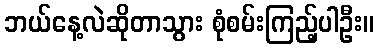
ဘယ်နေ့လဲဆိုတာသွား စုံစမ်းကြည့်ပါဦး။